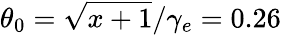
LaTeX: \theta_{0}=\sqrt{x+1}/\gamma_{e}=0.26